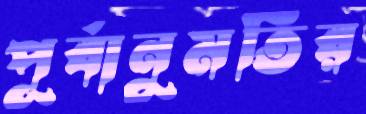
পূর্বানুমতির